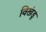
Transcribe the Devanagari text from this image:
विखंडू